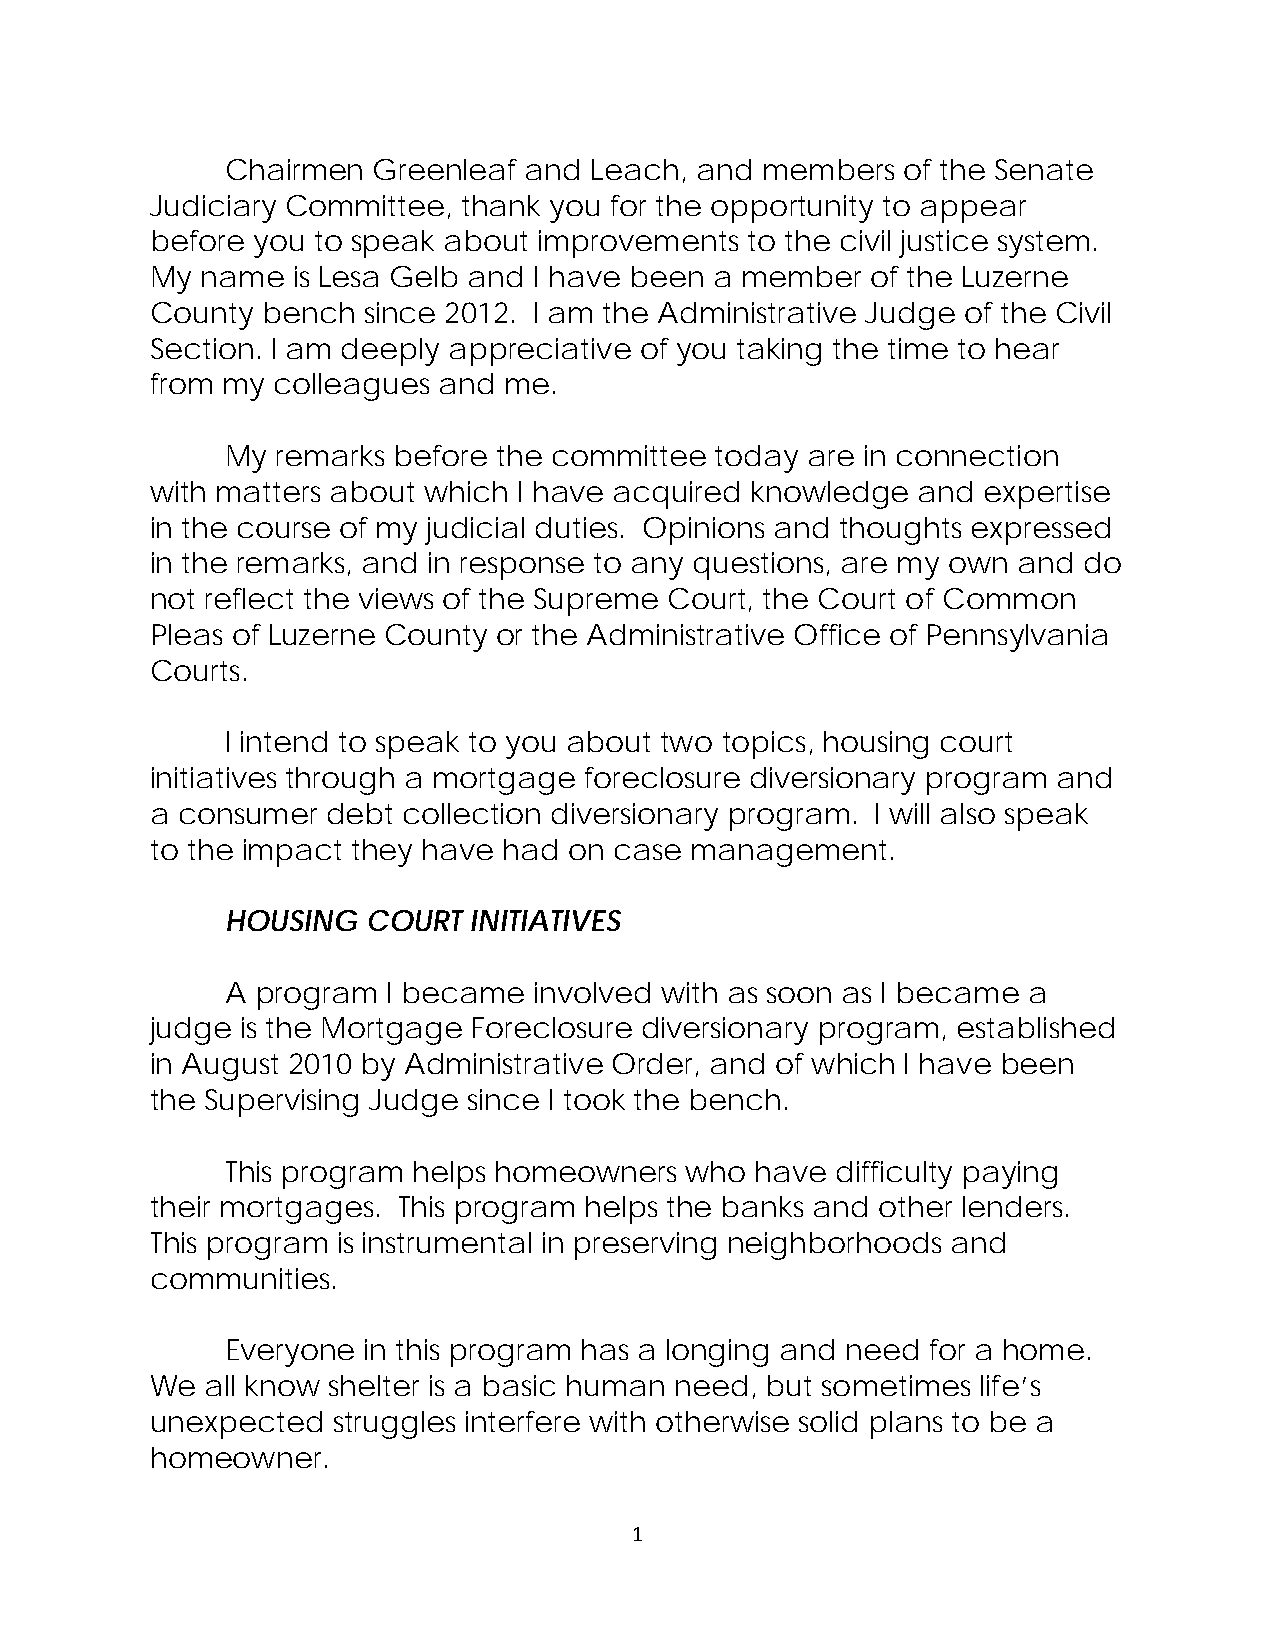
Chairmen  Greenleaf and Leach, and members   of the Senate
 Judiciary Committee, thank you for the opportunity to appear
 before you to speak about improvements to the civil justice system.
 My name  is Lesa Gelb and I have been a member  of the Luzerne
 County bench  since 2012. I am the Administrative Judge of the Civil
 Section. I am deeply appreciative of you taking the time to hear
 from my colleagues and me.
 My remarks before the committee today are in connection
 with matters about which I have acquired knowledge and expertise
 in the course of my judicial duties. Opinions and thoughts expressed
 in the remarks, and in response to any questions, are my own and do
 not reflect the views of the Supreme Court, the Court of Common
 Pleas of Luzerne County or the Administrative Office of Pennsylvania
 Courts.
 I intend to speak to you about two topics, housing court
 initiatives through a mortgage foreclosure diversionary program and
 a consumer  debt collection diversionary program. I will also speak
 to the impact they have had on case management.
 HOUSING  COURT  INITIATIVES
 A program  I became involved with as soon as I became a
 judge is the Mortgage Foreclosure diversionary program, established
 in August 2010 by Administrative Order, and of which I have been
 the Supervising Judge since I took the bench.
 This program helps homeowners who  have difficulty paying
 their mortgages. This program helps the banks and other lenders.
 This program is instrumental in preserving neighborhoods and
 communities.
 Everyone in this program has a longing and need for a home.
 We  all know shelter is a basic human need, but sometimes life’s
 unexpected  struggles interfere with otherwise solid plans to be a
 homeowner.
 1